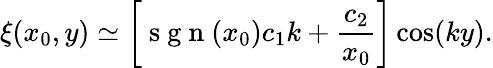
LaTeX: \xi(x_{0},y)\simeq\left[\mathrm{~s~g~n~}(x_{0})c_{1}k+\frac{c_{2}}{x_{0}}\right]\cos(ky).